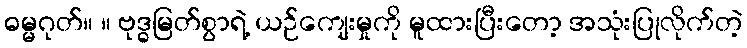
ဓမ္မဂုတ်။ ။ ဗုဒ္ဓမြတ်စွာရဲ့ ယဉ်ကျေးမှုကို မူထားပြီးတော့ အသုံးပြုလိုက်တဲ့